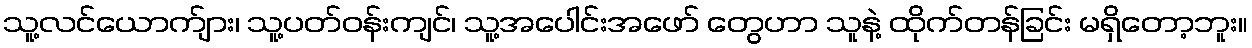
သူ့လင်ယောက်ျား၊ သူ့ပတ်ဝန်းကျင်၊ သူ့အပေါင်းအဖော် တွေဟာ သူနဲ့ ထိုက်တန်ခြင်း မရှိတော့ဘူး။